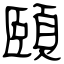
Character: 頤